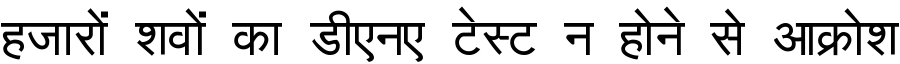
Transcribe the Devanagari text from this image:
हजारों शवों का डीएनए टेस्ट न होने से आक्रोश